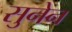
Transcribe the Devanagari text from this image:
सुनेन